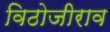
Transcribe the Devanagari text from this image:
विठोजीराव